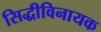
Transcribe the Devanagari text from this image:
सिद्धीविनायक